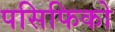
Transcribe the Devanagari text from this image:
पसिफिको